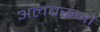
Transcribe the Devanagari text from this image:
अलबरूनो